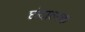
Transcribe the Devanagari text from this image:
छंदात्मक